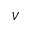
V